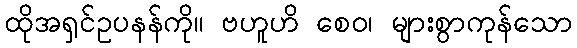
ထိုအရှင်ဥပနန်ကို။ ဗဟူဟိ စေဝ၊ များစွာကုန်သော